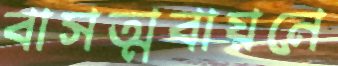
বাসত্মবায়নে